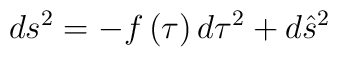
ds^{2}=-f\left( \tau \right) d\tau ^{2}+d\hat{s}^{2}